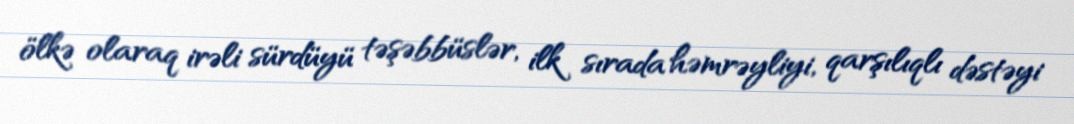
ölkə olaraq irəli sürdüyü təşəbbüslər, ilk sırada həmrəyliyi, qarşılıqlı dəstəyi